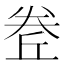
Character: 𡙅